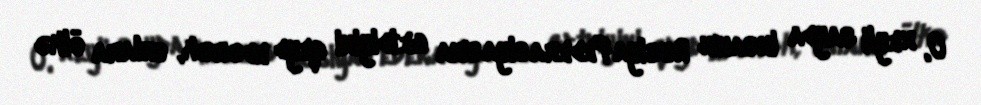
O, xeyli sayda insanın Rusiya Federasiyasına getdiyini qeyd edərək, onlara ölkə